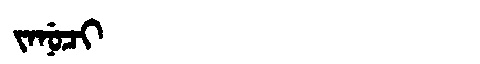
Manchu: ᠵᠠᠨᡠᠴᡳ
Romanization: JANUCI